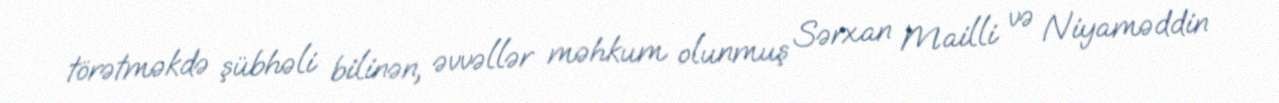
törətməkdə şübhəli bilinən, əvvəllər məhkum olunmuş Sərxan Mailli və Niyaməddin